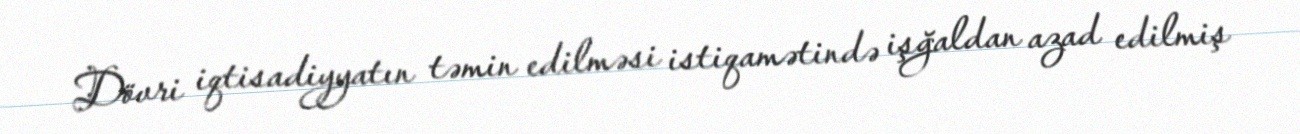
Dövri iqtisadiyyatın təmin edilməsi istiqamətində işğaldan azad edilmiş